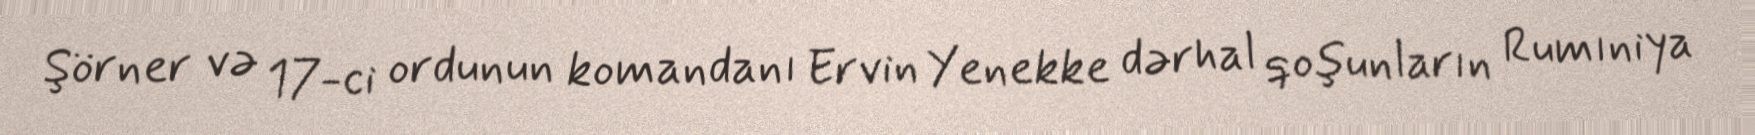
Şörner və 17-ci ordunun komandanı Ervin Yenekke dərhal qoşunların Rumıniya